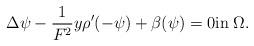
LaTeX: \begin{align*} \Delta \psi-\dfrac{1}{F^2}y\rho'(-\psi)+\beta(\psi)=0 \textup{in}\; \Omega.\end{align*}